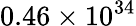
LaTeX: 0.46\times 10^{34}